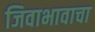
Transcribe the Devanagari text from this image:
जिवाभावाचा